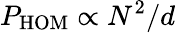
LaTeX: P_{\mathrm{HOM}}\propto N^{2}/d